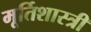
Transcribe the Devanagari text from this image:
मूर्तिशास्त्री